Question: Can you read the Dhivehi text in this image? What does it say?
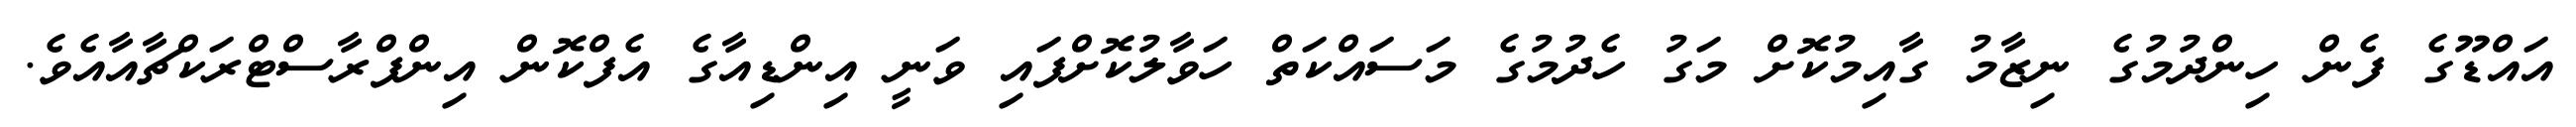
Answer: އައްޑޫގެ ފެން ހިންދުމުގެ ނިޒާމު ގާއިމުކޮށް މަގު ހެދުމުގެ މަސައްކަތް ހަވާލުކޮށްފައި ވަނީ އިންޑިއާގެ އެފްކޮން އިންފްރާސްޓްރަކްޗާއާއެވެ.